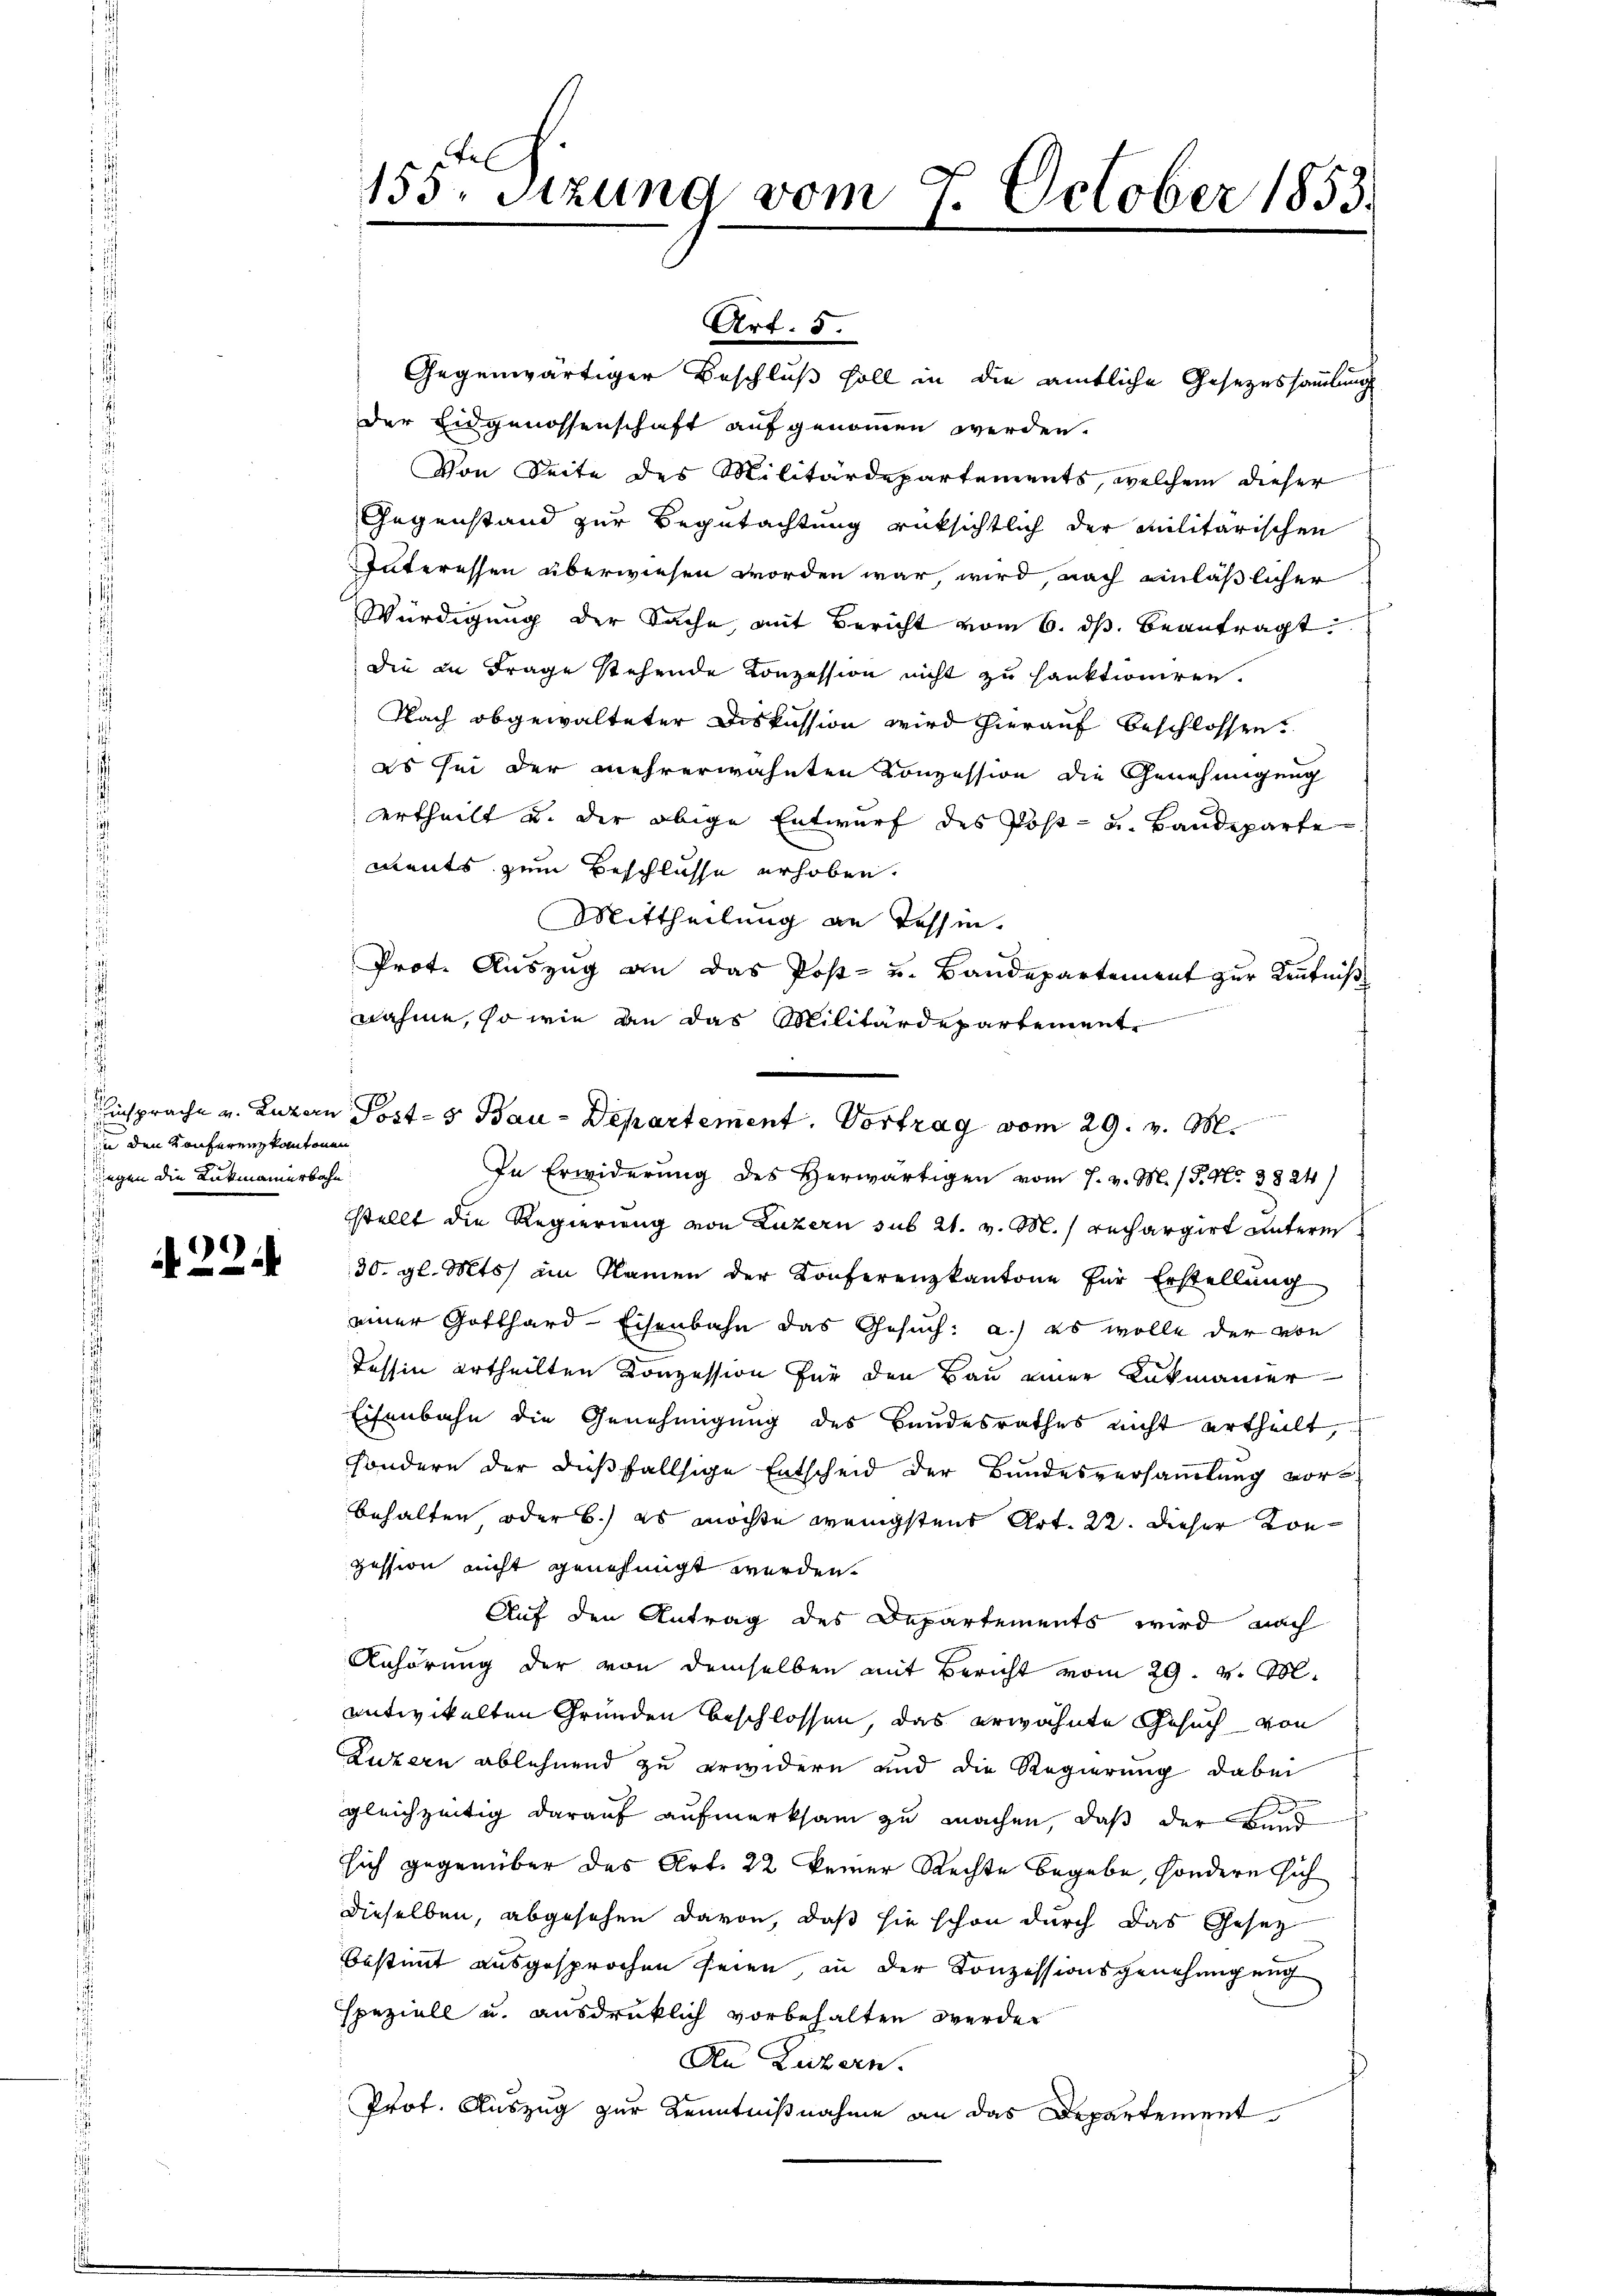
den Konferenzkantonen
siegen die Rukmanierbahn.

A 22.

e
155. Sitzung vom 7. October 1853.
1

Art. 5.
Gegenwärtiger Beschluß soll in die amtliche Gesetzessammlung
der Eidgenossenschaft aufgenommen werden.
Von Seite des Militärdepartements, welchem dieser
Gegenstand zur Begutachtung rüksichtlich der Militärischen
Interessen überwiesen worden war, wird, nach einläßlicher
Würdigung der Sache, mit Bericht vom 6. ds. beantragt
die in Frage stehende Konzession nicht zu hanktioniren.
Nach obgewalteter Diskussion wird hierauf beschlossen.
es sei der mehrerwähnten Konzession die Genehmigung
ertheilt u. der obige Entwurf des Post- u. Baudeparte
ments zum Beschlüsse erhoben.
Mittheilung an Tessin.
Prot. Auszug an das Post- u. Bandepartement zur Kenntniß
nahme, so wie an das Militärdepartement
In Erwiderung des Herwärtigen vom 7. v. M. / P. Nr. 3824)
stellt die Regierung von Luzern sub 21. v. M. rechargirt unteres
30. gl. Mts. am Namen der Konferenzkantone für Erstellung
einer Gotthard-Eisenbahn das Gesuch: a.) es wolle der von
Tessin ertheilten Konzession für den Bau einer Lukmanier
Eisenbahn die Genehmigung des Bandesrathes nicht ertheilt,
sondern der dießfallsige Entscheid der Bundesversammlung vorbehalten oder b) es möchte wenigstens Art. 22. dieser Konzession nicht genehmigt werden.
Auf den Antrag des Departements wird nach
Anhörung der von demselben mit Bericht vom 29. v. M.
antikelten Gründen beschlossen, das erwähnte Gesuch von
Luzern ablehnend zu erwidern und die Regierung dabei
gleichzeitig darauf aufmerksam zu machen, daß der und
sich gegenüber das Art. 22 keiner Rechte begebe, sondern sich
dieselben, abgesehen davon, daß sie schon durch das Gesez
bestimmt ausgesprochen seien, in der Konzessionsgenehmigung
speziell u. ausdrücklich vorbehalten werden
An Luzern.
Prof. Auszug zur Kenntnißnahme an das Departement

Einsprache v. Luzern Post- & Bau-Departement. Vortrag vom 29. v. M.